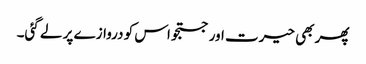
پھر بھی حیرت اور جستجو اس کو دروازے پر لے گئی۔